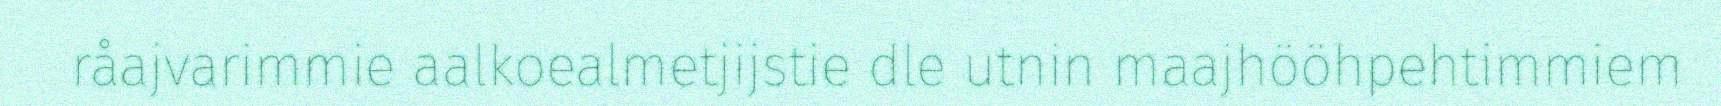
råajvarimmie aalkoealmetjijstie dle utnin maajhööhpehtimmiem